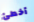
أخطئ